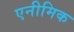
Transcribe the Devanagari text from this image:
एनीमिक